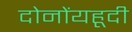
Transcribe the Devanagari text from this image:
दोनोंयहूदी